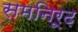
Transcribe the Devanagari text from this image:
समनिरूढ़